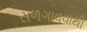
સળગાવવાથી